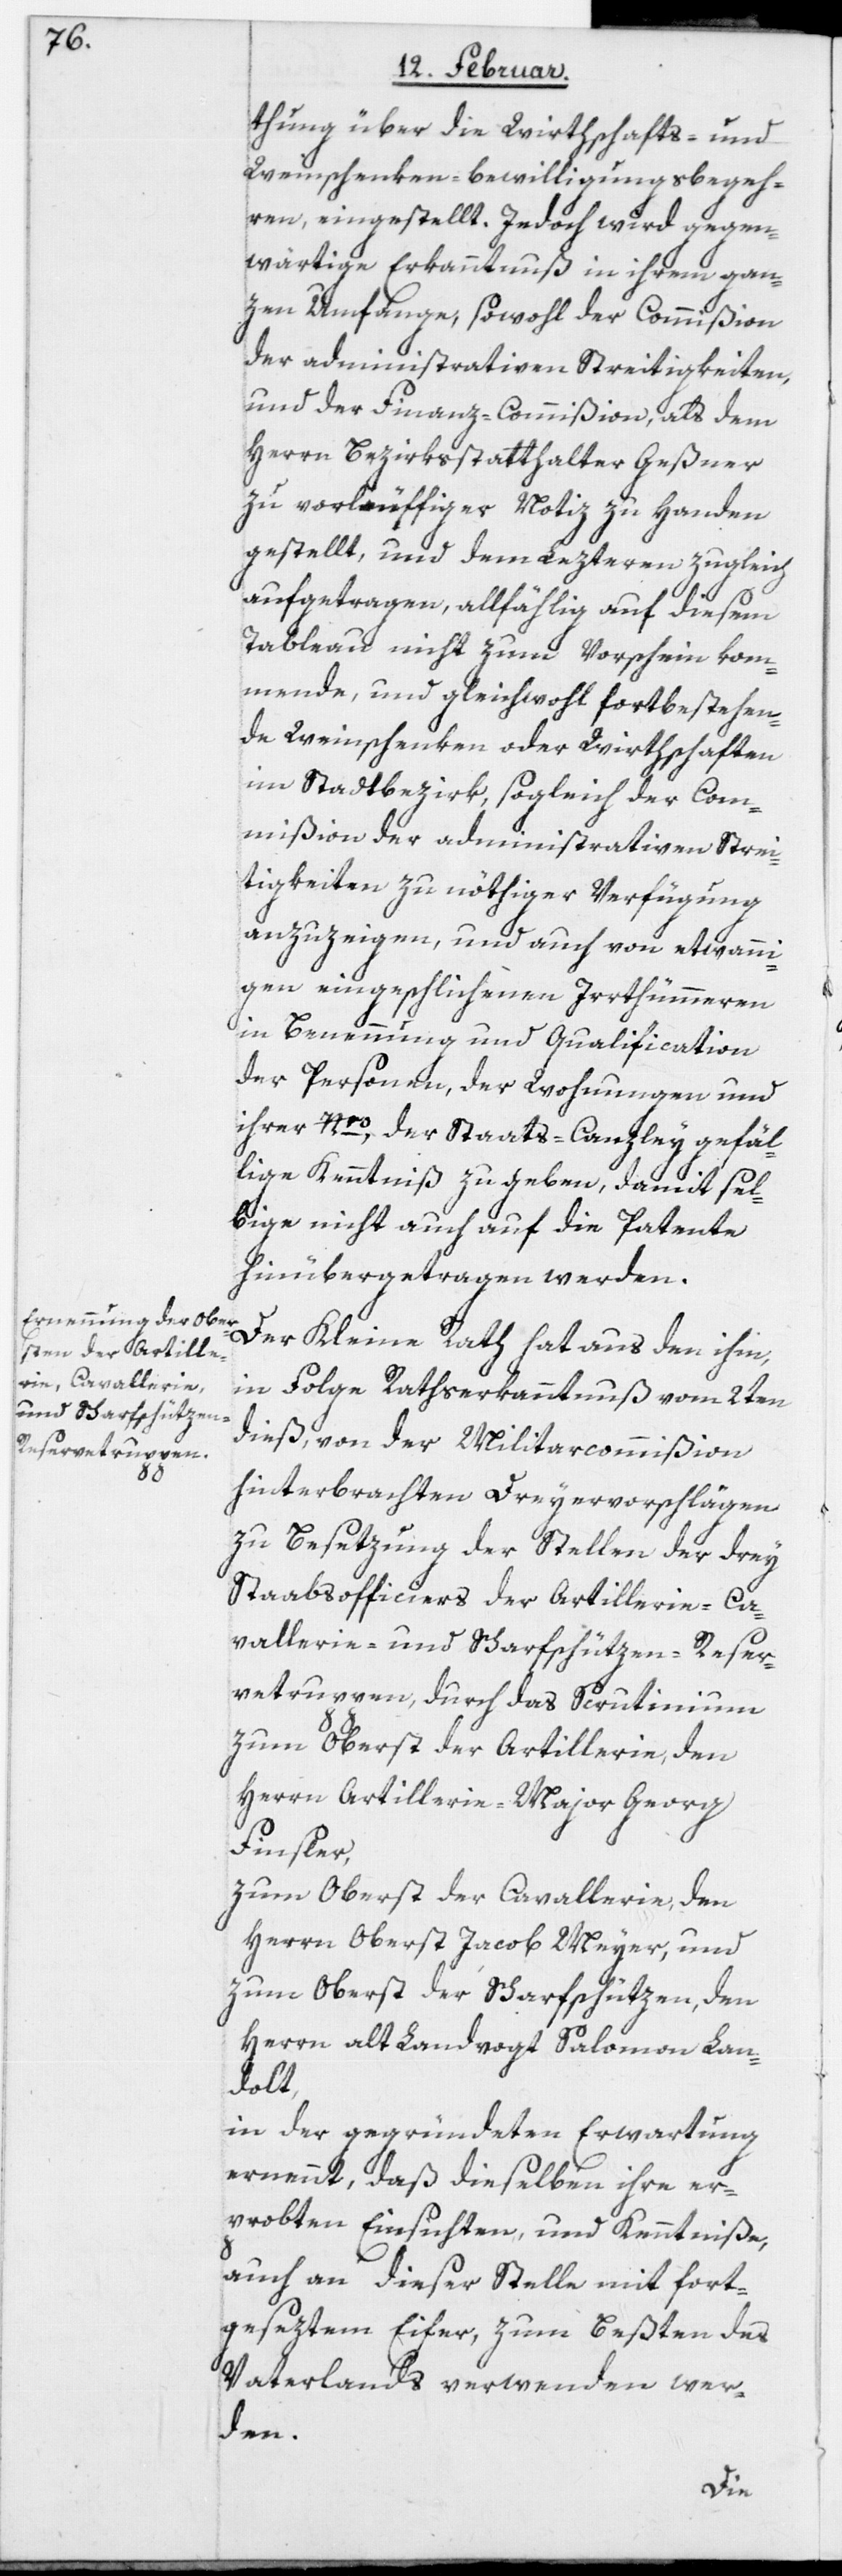
thung über die Wirthschafts- und
Weinschenken-Bewilligungsbegeh¬
ren eingestellt. Jedoch wird gegen¬
wärtige Erkanntnuß in ihrem gan¬
zen Umfange, sowohl der Commißion
der administrativen Streitigkeiten,
und der Finanz-Commißion, als dem
Herrn Bezirksstatthalter Geßner
zu vorläuffiger Notiz zu Handen
gestellt, und dem Lezteren zugleich
aufgetragen, allfählig auf diesem
Tableau nicht zum Vorschein kom¬
mende, und gleichwohl fortbestehen¬
de Weinschenken oder Wirthschaften
im Stadtbezirk, sogleich der Com¬
mißion der administrativen Strei¬
tigkeiten zu nöthiger Verfügung
anzuzeigen, und auch von etwanni¬
gen eingeschlichenen Irrthümmeren
in Benennung und Qualification
der Personen, der Wohnungen und
ihrer Nro, der Staats-Canzley gefäl¬
lige Kenntniß zu geben, damit sel¬
bige nicht auch auf die Patente
hinübergetragen werden.
Der Kleine Rath hat aus den ihm,
in Folge Rathserkanntnuß vom 2ten
dieß, von der Militarcommißion
hinterbrachten Dreyervorschlägen
zu Besetzung der Stellen der drey
Staabsofficiers der Artillerie-[,] Ca¬
vallerie- und Scharfschützen-Reser¬
vetruppen, durch das Scrutinium
zum Oberst der Artillerie, den
Herrn Artillerie-Major Georg
Finsler,
zum Oberst der Cavallerie, den
Herrn Oberst Jacob Meyer, und
zum Oberst der Scharfschützen, den
Herrn alt Landvogt Salomon Lan¬
dolt,
in der gegründeten Erwartung
ernennt, daß dieselben ihre er¬
probten Einsichten, und Kenntniße,
auch an dieser Stelle mit fort¬
geseztem Eifer, zum Beßten des
Vaterlands verwenden wer¬
den.